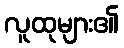
လူထုများ၏